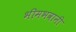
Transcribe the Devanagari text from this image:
भीमभवानी